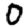
Digit: 0